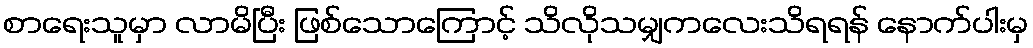
စာရေးသူမှာ လာမိပြီး ဖြစ်သောကြောင့် သိလိုသမျှကလေးသိရရန် နောက်ပါးမှ